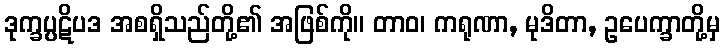
ဒုက္ခပ္ပဋိပဒ အစရှိသည်တို့၏ အဖြစ်ကို။ တာဝ၊ ကရုဏာ, မုဒိတာ, ဥပေက္ခာတို့မှ